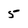
Character: 5